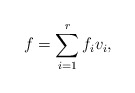
\begin{align*}f=\sum_{i=1}^{r}f_iv_i,\end{align*}